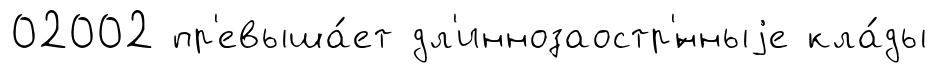
02002 пр'евыша́ет дл'иннозаостр'́нныjе кла́ды